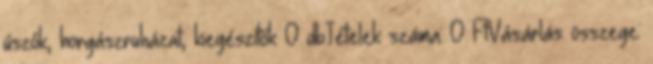
úszók, horgászruházat, kiegészítők 0 dbTételek száma: 0 FtVásárlás összege: